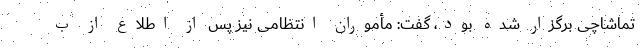
تماشاچی برگزار شده بود، گفت: مأموران انتظامی نیز پس از اطلاع از ب